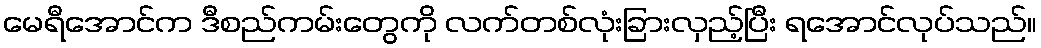
မေရီအောင်က ဒီစည်ကမ်းတွေကို လက်တစ်လုံးခြားလှည့်ပြီး ရအောင်လုပ်သည်။